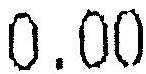
0.00